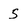
Character: 5